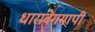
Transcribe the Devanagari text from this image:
धारावेगमापी